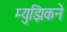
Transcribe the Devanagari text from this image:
म्युझिकने